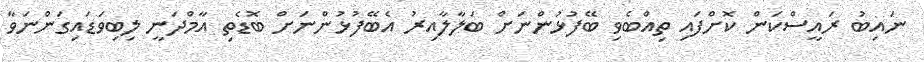
ނައިބު ރައީސްކަން ކޮށްފައި ތިއްބެވި ބޭފުޅުންނަށް ބަލާލާއިރު އެބޭފުޅުންނަށް ބޮޑެތި އާމްދަނީ ލިބިވަޑައިގަންނަވާ